Report of the Indian Hemp Drugs Commission, 1894-1895 - Volume V
Year: 1894
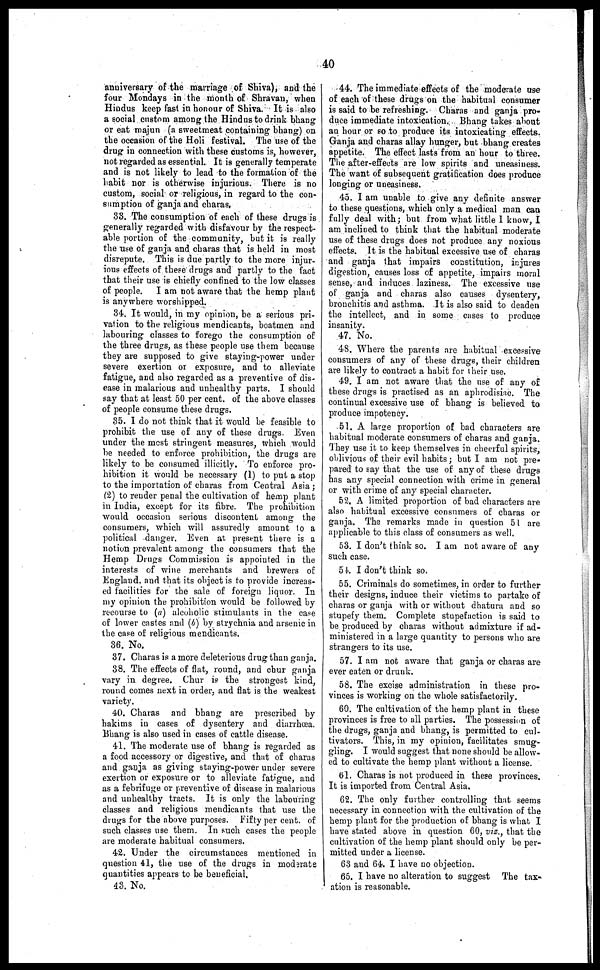
40
anniversary of the marriage of Shiva), and the
four Mondays in the month of Shravan, when
Hindus keep fast in honour of Shiva. It is also
a social custom among the Hindus to drink bhang
or eat majun (a sweetmeat containing bhang) on
the occasion of the Holi festival. The use of the
drug in connection with these customs is, however,
not regarded as essential. It is generally temperate
and is not likely to lead to the formation of the
habit nor is otherwise injurious. There is no
custom, social or religious, in regard to the con-
sumption of ganja and charas.
33. The consumption of each of these drugs is
generally regarded with disfavour by the respect-
able portion of the community, but it is really
the use of ganja and charas that is held in most
disrepute. This is due partly to the more injur-
ious effects of these drugs and partly to the fact
that their use is chiefly confined to the low classes
of people. I am not aware that the hemp plant
is anywhere worshipped.
34. It would, in my opinion, be a serious pri-
vation to the religious mendicants, boatmen and
labouring classes to forego the consumption of
the three drugs, as these people use them because
they are supposed to give staying-power under
severe exertion or exposure, and to alleviate
fatigue, and also regarded as a preventive of dis-
ease in malarious and unhealthy parts. I should
say that at least 50 per cent. of the above classes
of people consume these drugs.
35. 1 do not think that it would be feasible to
prohibit the use of any of these drugs. Even
under the most stringent measures, which would
be needed to enforce prohibition, the drugs are
likely to be consumed illicitly. To enforce pro-
hibition it would be necessary (1) to put a stop
to the importation of charas from Central Asia;
(2) to render penal the cultivation of hemp plant
in India, except for its fibre. The prohibition
would occasion serious discontent among the
consumers, which will assuredly amount to a
political danger. Even at present there is a
notion prevalent among the consumers that the
Hemp Drugs Commission is appointed in the
interests of wine merchants and brewers of
England, and that its object is to provide increas-
ed facilities for the sale of foreign liquor. In
my opinion the prohibition would be followed by
recourse to (a) alcoholic stimulants in the case
of lower castes and (b) by strychnia and arsenic in
the case of religious mendicants.
36. No.
37. Charas is a more deleterious drug than ganja.
38. The effects of flat, round, and chur ganja
vary in degree. Chur is the strongest kind,
round comes next in order, and flat is the weakest
variety.
40. Charas and bhang are prescribed by
hakims in cases of dysentery and diarrhoea.
Bhang is also used in cases of cattle disease.
41. The moderate use of bhang is regarded as
a food accessory or digestive, and that of charas
and ganja as giving staying-power under severe
exertion or exposure or to alleviate fatigue, and
as a febrifuge or preventive of disease in malarious
and unhealthy tracts. It is only the labouring
classes and religious mendicants that use the
drugs for the above purposes. Fifty per cent. of
such classes use them. In such cases the people
are moderate habitual consumers.
42. Under the circumstances mentioned in
question 41, the use of the drugs in moderate
quantities appears to be beneficial.
43. No.
44. The immediate effects of the moderate use
of each of these drugs on the habitual consumer
is said to be refreshing. Charas and ganja pro-
duce immediate intoxication, Bhang takes about
an hour or so to produce its intoxicating effects.
Ganja and charas allay hunger, but bhang creates
appetite. The effect lasts from an hour to three.
The after-effects are low spirits and uneasiness.
The want of subsequent gratification does produce
longing or uneasiness.
45. I am unable to give any definite answer
to these questions, which only a medical man can
fully deal with; but from what little 1 know, I
am inclined to think that the habitual moderate
use of these drugs does not produce any noxious
effects. It is the habitual excessive use of charas
and ganja that impairs constitution, injures
digestion, causes loss of appetite, impairs moral
sense, and induces laziness. The excessive use
of ganja and charas also causes dysentery,
bronchitis and asthma. It is also said to deaden
the intellect, and in some cases to produce
insanity.
47. No.
48. Where the parents are habitual excessive
consumers of any of these drugs, their children
are likely to contract a habit for their use.
49. I am not aware that the use of any of
these drugs is practised as an aphrodisiac. The
continual excessive use of bhang is believed to
produce impotency.
51. A large proportion of bad characters are
habitual moderate consumers of charas and ganja.
They use it to keep themselves in cheerful spirits,
oblivious of their evil habits ; but I am not pre-
pared to say that the use of any of these drugs
has any special connection with crime in general
or with crime of any special character.
52, A limited proportion of bad characters are
also habitual excessive consumers of charas or
ganja. The remarks made in question 51 are
applicable to this class of consumers as well.
53. I don't think so. I am not aware of any
such case.
54. I don't think so.
55. Criminals do sometimes, in order to further
their designs, induce their victims to partake of
charas or ganja with or without dhatura and so
stupefy them. Complete stupefaction is said to
be produced by charas without admixture if ad-
ministered in a large quantity to persons who are
strangers to its use.
57. I am not aware that ganja or charas are
ever eaten or drunk.
58. The excise administration in these pro-
vinces is working on the whole satisfactorily.
60. The cultivation of the hemp plant in these
provinces is free to all parties. The possession of
the drugs, ganja and bhang, is permitted to cul-
tivators. This, in my opinion, facilitates smug-
gling. I would suggest that none should be allow-
ed to cultivate the hemp plant without a license.
61. Charas is not produced in these provinces.
It is imported from Central Asia.
62. The only further controlling that seems
necessary in connection with the cultivation of the
hemp plant for the production of bhang is what I
have stated above in question 60, viz., that the
cultivation of the hemp plant should only be per-
mitted under a license.
63 and 64. I have no objection.
65. I have no alteration to suggest The tax-
ation is reasonable.